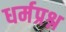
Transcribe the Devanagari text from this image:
धर्मप्रश्न